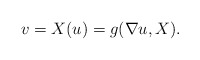
\begin{align*} v = X(u) = g(\nabla u, X). \end{align*}